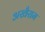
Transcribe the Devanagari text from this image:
अखैराम